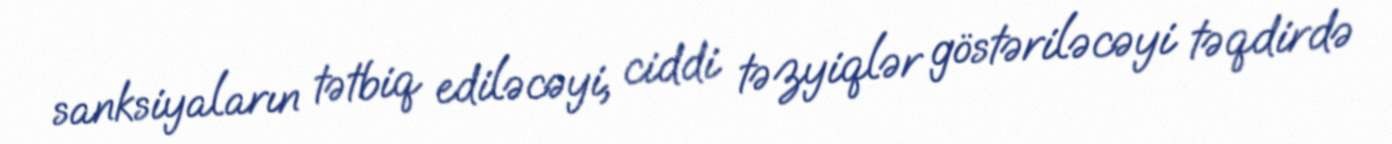
sanksiyaların tətbiq ediləcəyi, ciddi təzyiqlər göstəriləcəyi təqdirdə